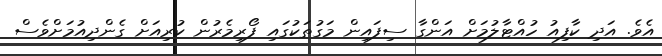
އެވެ. އަދި ކާފިއު ހުއްޓާލުމަށް އަންގާ ސިފައިން މަގުތަކުގައި ފޯރިމެރުން ކުރިއަށް ގެންދިއުމަށްވެސް